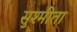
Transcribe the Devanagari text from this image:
सुश्मीता